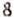
8